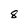
Character: 8